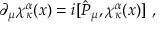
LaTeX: \partial _ { \mu } \chi _ { \kappa } ^ { \alpha } ( x ) = i [ \hat { P } _ { \mu } , \chi _ { \kappa } ^ { \alpha } ( x ) ] \, \, ,